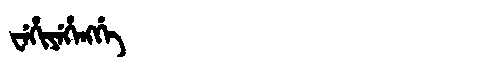
Manchu: ᠸᡝᡥᡳᠶᡝᡥᡝᠩᡤᡝ
Romanization: WEHIYEHENGGE